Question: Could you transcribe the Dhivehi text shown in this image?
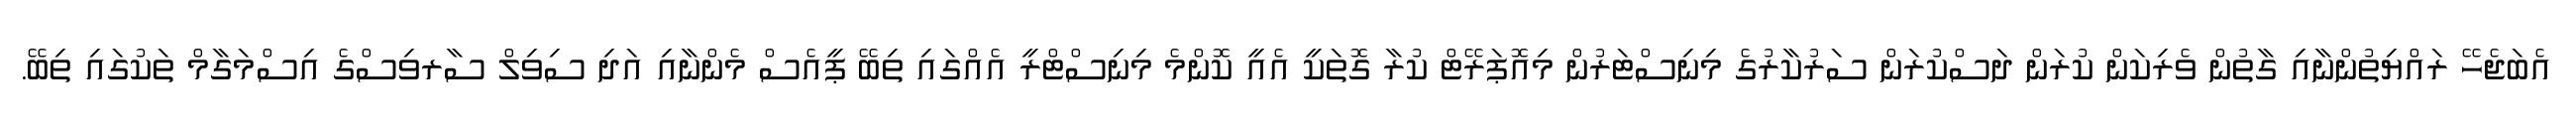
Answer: އެބަޖެހޭ ރައްޔިތުންނާއި ގާތުން ވެރިކަން ކުރަން ދަސްކުރަން ސަރުކާރުގެ މިނިސްޓަރުން މިއޮޕަރޭޓް ކުރާ ގޮތަކީ އެއީ ކޮންމެ މިނިސްޓްރީ އެއްގައި ތިބޭ ޕީއެސް މެންނާއި އަދި ސިވިލް ސާރވިސްގެ އިސްމަގާމް ތަކުގައި ތިބޭ.